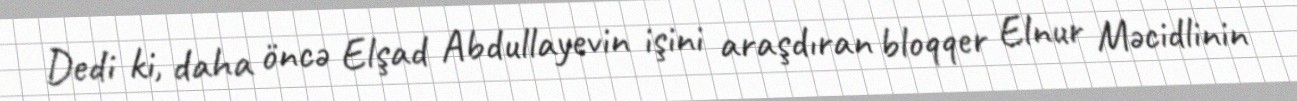
Dedi ki, daha öncə Elşad Abdullayevin işini araşdıran bloqqer Elnur Məcidlinin